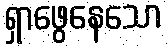
ရှာဖွေနေသော